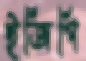
ইজিপি